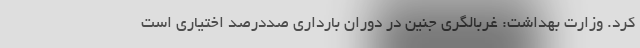
کرد. وزارت بهداشت: غربالگری جنین در دوران بارداری صددرصد اختیاری است